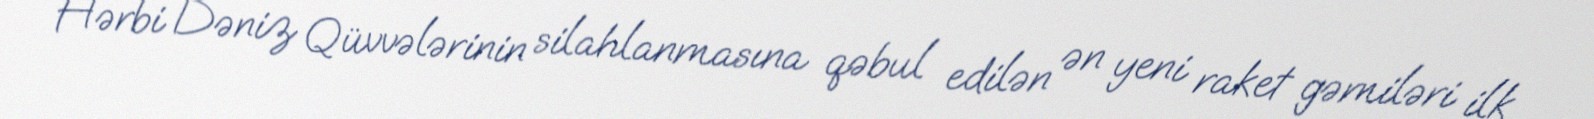
Hərbi Dəniz Qüvvələrinin silahlanmasına qəbul edilən ən yeni raket gəmiləri ilk